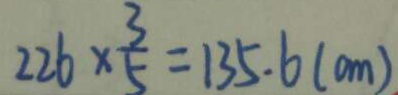
2 2 6 \times \frac { 3 } { 5 } = 1 3 5 . 6 ( c m )